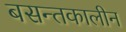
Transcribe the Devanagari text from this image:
बसन्तकालीन